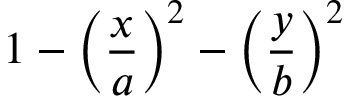
\displaystyle 1 - \left( \frac { x } { a } \right) ^ { 2 } - \left( \frac { y } { b } \right) ^ { 2 }